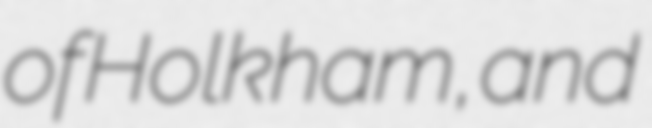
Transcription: of Holkham, and